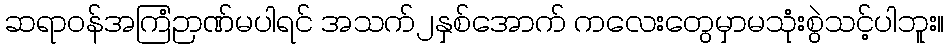
ဆရာဝန်အကြံဉာဏ်မပါရင် အသက်၂နှစ်အောက် ကလေးတွေမှာမသုံးစွဲသင့်ပါဘူး။